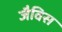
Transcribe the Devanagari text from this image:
जैविस